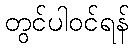
တွင်ပါဝင်ရန်